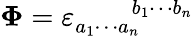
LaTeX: \mathbf{\Phi}=\varepsilon_{a_{1}\cdots a_{n}}^{\qquad b_{1}\cdots b_{n}}